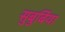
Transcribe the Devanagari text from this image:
सुबुर्बिया